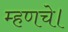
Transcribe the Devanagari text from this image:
म्हणचे।